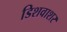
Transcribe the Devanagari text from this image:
डिशवाशर